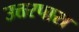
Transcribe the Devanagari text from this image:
उत्तरपारा